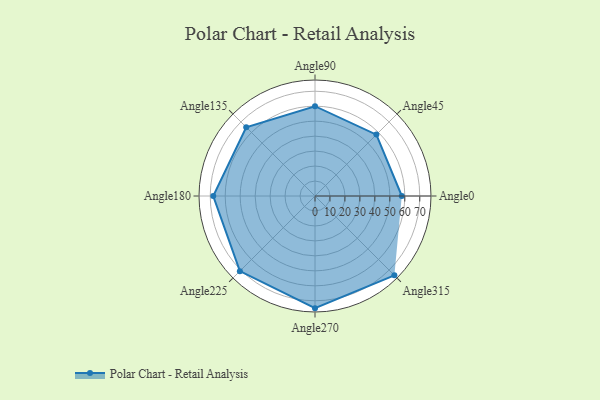
{"axis": {"x": "Angle", "y": "Radius"}, "legend": [""], "data": [{"x": "Angle0", "y": 58.0, "type": ""}, {"x": "Angle45", "y": 58.0, "type": ""}, {"x": "Angle90", "y": 60.0, "type": ""}, {"x": "Angle135", "y": 65.0, "type": ""}, {"x": "Angle180", "y": 68.0, "type": ""}, {"x": "Angle225", "y": 71.0, "type": ""}, {"x": "Angle270", "y": 75.0, "type": ""}, {"x": "Angle315", "y": 75.0, "type": ""}]}